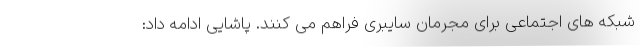
شبکه های اجتماعی برای مجرمان سایبری فراهم می کنند. پاشایی ادامه داد: